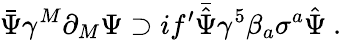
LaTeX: \bar{\Psi}\gamma^{M}\partial_{M}\Psi\supset if^{\prime}\bar{\hat{\Psi}}\gamma^{5}\beta_{a}\sigma^{a}\hat{\Psi}\ .